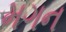
મગન